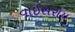
વાઈસરૉય